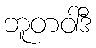
ဘူတဝါဒီ